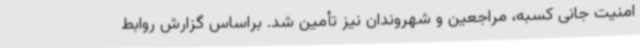
امنیت جانی کسبه، مراجعین و شهروندان نیز تأمین شد. براساس گزارش روابط